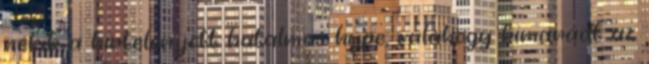
nekik a hirtelen jött hatalmas hype, valahogy kimaradt az